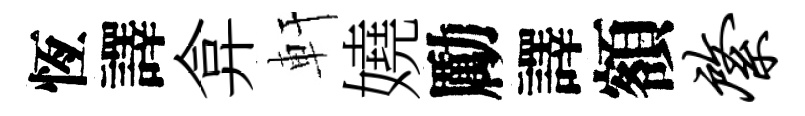
恆譯弇軒嬈勵譯額綮